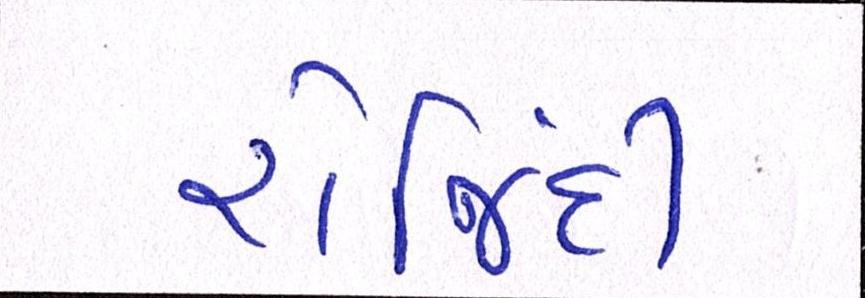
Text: રોજિંદી